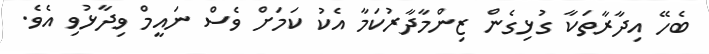
ބެހޭ އިދާރާތަކާ ގުޅިގެން ޒިންމާދާރުކަމާ އެކު ކަމަށް ވެސް ނައީމް ވިދާޅުވި އެވެ.